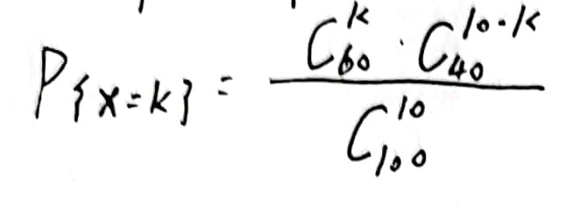
\[
P\{X = k\} = \frac{C_{60}^{k} \cdot C_{40}^{10 - k}}{C_{100}^{10}}
\]